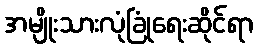
အမျိုးသားလုံခြုံရေးဆိုင်ရာ